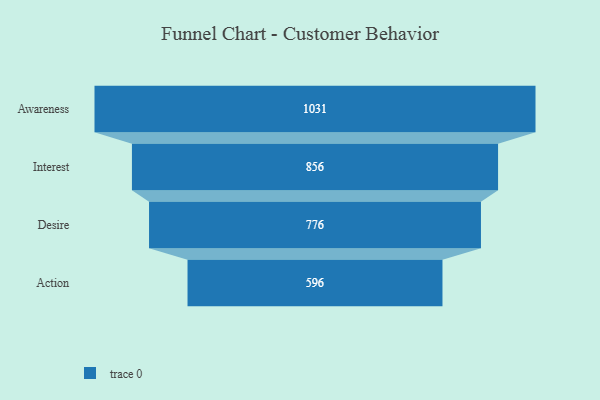
{"axis": {"x": "Stage", "y": "Value"}, "legend": [""], "data": [{"x": "Awareness", "y": 1031.0, "type": ""}, {"x": "Interest", "y": 856.0, "type": ""}, {"x": "Desire", "y": 776.0, "type": ""}, {"x": "Action", "y": 596.0, "type": ""}]}